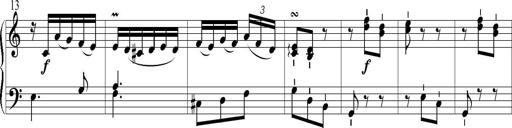
Title: 6 Leichte Sonatinen, Teil 1
Composer: F. Sigismund Sander